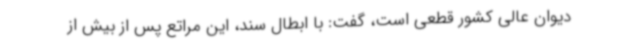
دیوان عالی کشور قطعی است، گفت: با ابطال سند، این مراتع پس از بیش از